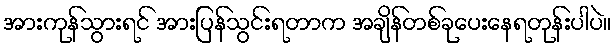
အားကုန်သွားရင် အားပြန်သွင်းရတာက အချိန်တစ်ခုပေးနေရတုန်းပါပဲ။